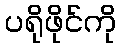
ပရိုဖိုင်ကို